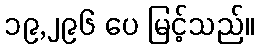
၁၉,၂၉၆ ပေ မြင့်သည်။